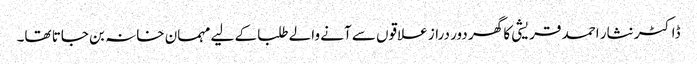
ڈاکٹر نثار احمد قریشی کا گھر دور دراز علاقوں سے آنے والے طلبا کے لیے مہمان خانہ بن جاتا تھا۔